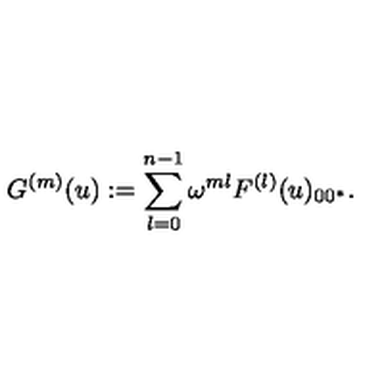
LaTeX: G ^ { ( m ) } ( u ) : = \sum _ { l = 0 } ^ { n - 1 } \omega ^ { m l } F ^ { ( l ) } ( u ) _ { 0 0 ^ { * } } .